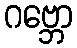
ဂဗ္ဘော